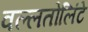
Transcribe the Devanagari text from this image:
वल्लतोलिंटे